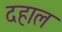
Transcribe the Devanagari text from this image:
दहाल